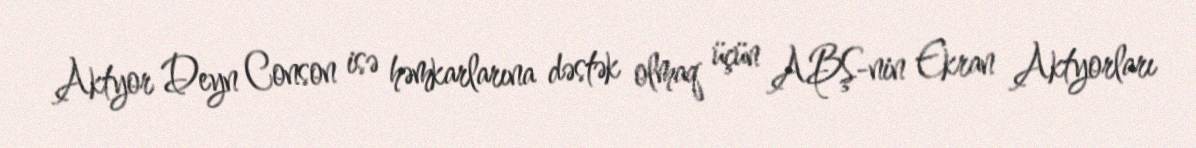
Aktyor Deyn Conson isə həmkarlarına dəstək olmaq üçün ABŞ-nin Ekran Aktyorları